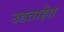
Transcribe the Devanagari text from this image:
उडताहेत